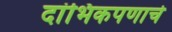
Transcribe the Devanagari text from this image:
दांभिकपणाचे